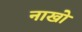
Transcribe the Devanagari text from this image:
नाखो